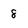
Character: 8